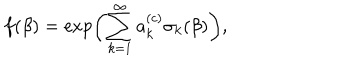
f ( \beta ) = \exp \biggl ( \sum _ { k = 1 } ^ { \infty } a _ { k } ^ { ( c ) } \sigma _ { k } ( \beta ) \biggr ) ,